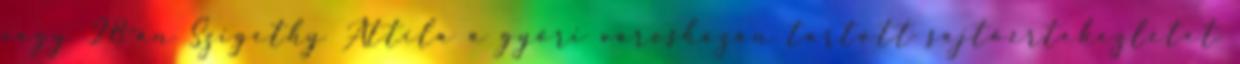
vagy 28-án Szigethy Attila a győri városházán tartott sajtóértekezletet